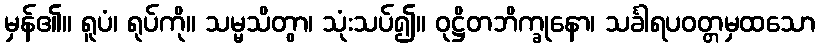
မှန်၏။ ရူပံ၊ ရုပ်ကို။ သမ္မသိတွာ၊ သုံးသပ်၍။ ဝုဋ္ဌိတဘိက္ခုနော၊ သင်္ခါရပဝတ္တမှထသော